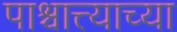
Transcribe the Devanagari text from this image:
पाश्चात्त्याच्या